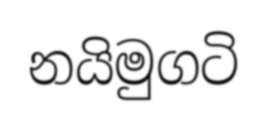
නයිමුගටි